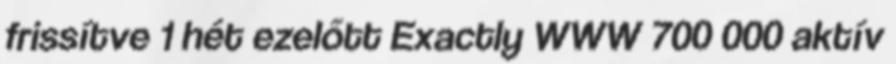
frissítve 1 hét ezelőtt Exactly WWW 700 000 aktív